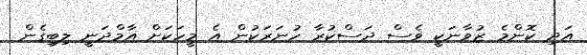
އަދި ކޮންމެ ޒުވާނަކީ ވެސް ދަސްކުރާ ހުނަރަކުން އެ މީހަކަށް އާމްދަނީ ލިބިގެން